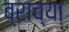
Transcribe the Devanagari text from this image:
ब्राच्या